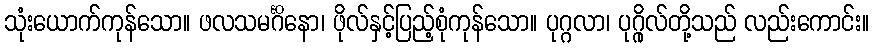
သုံးယောက်ကုန်သော။ ဖလသမင်္ဂိနော၊ ဖိုလ်နှင့်ပြည့်စုံကုန်သော။ ပုဂ္ဂလာ၊ ပုဂ္ဂိုလ်တို့သည် လည်းကောင်း။